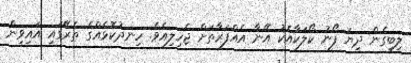
ލިބިގެން ދިޔަ ފޯނު ކޯލަކާއެކު އޭނާ އެއްފަރާތަށް ޖެހިލިއެވެ. ހިނދުކޮޅެއްގެ ތެރޭގައި އައިވިން